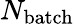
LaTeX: N_{\mathrm{batch}}